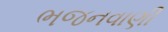
ભજનવાણી